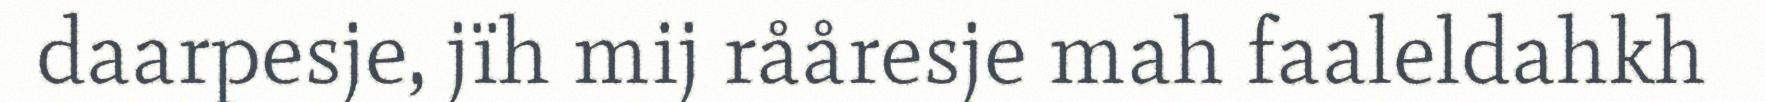
daarpesje, jïh mij rååresje mah faaleldahkh